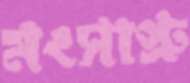
মংসাপ্রু